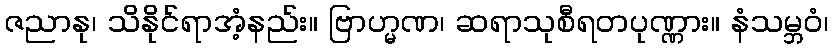
ဇညာနု၊ သိနိုင်ရာအံ့နည်း။ ဗြာဟ္မဏ၊ ဆရာသုစီရတပုဏ္ဏား။ နံသမ္ဘဝံ၊